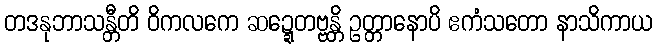
တဒနုဘာသန္တီတိ ဝိကလကေ ဆဍ္ဍေတဗ္ဗန္တိ ဥတ္တာနောပိ ဧကံသတော နာသိကာယ